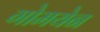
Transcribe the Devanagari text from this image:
गोमयेन